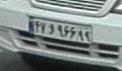
۴۷و۹۶۶۹۹